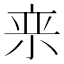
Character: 𪨂